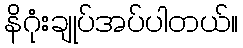
နိဂုံးချုပ်အပ်ပါတယ်။